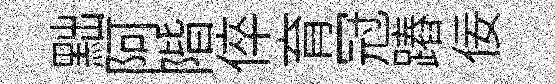
黜阿階倅育冠蹖佞